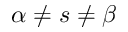
\alpha \neq s \neq \beta